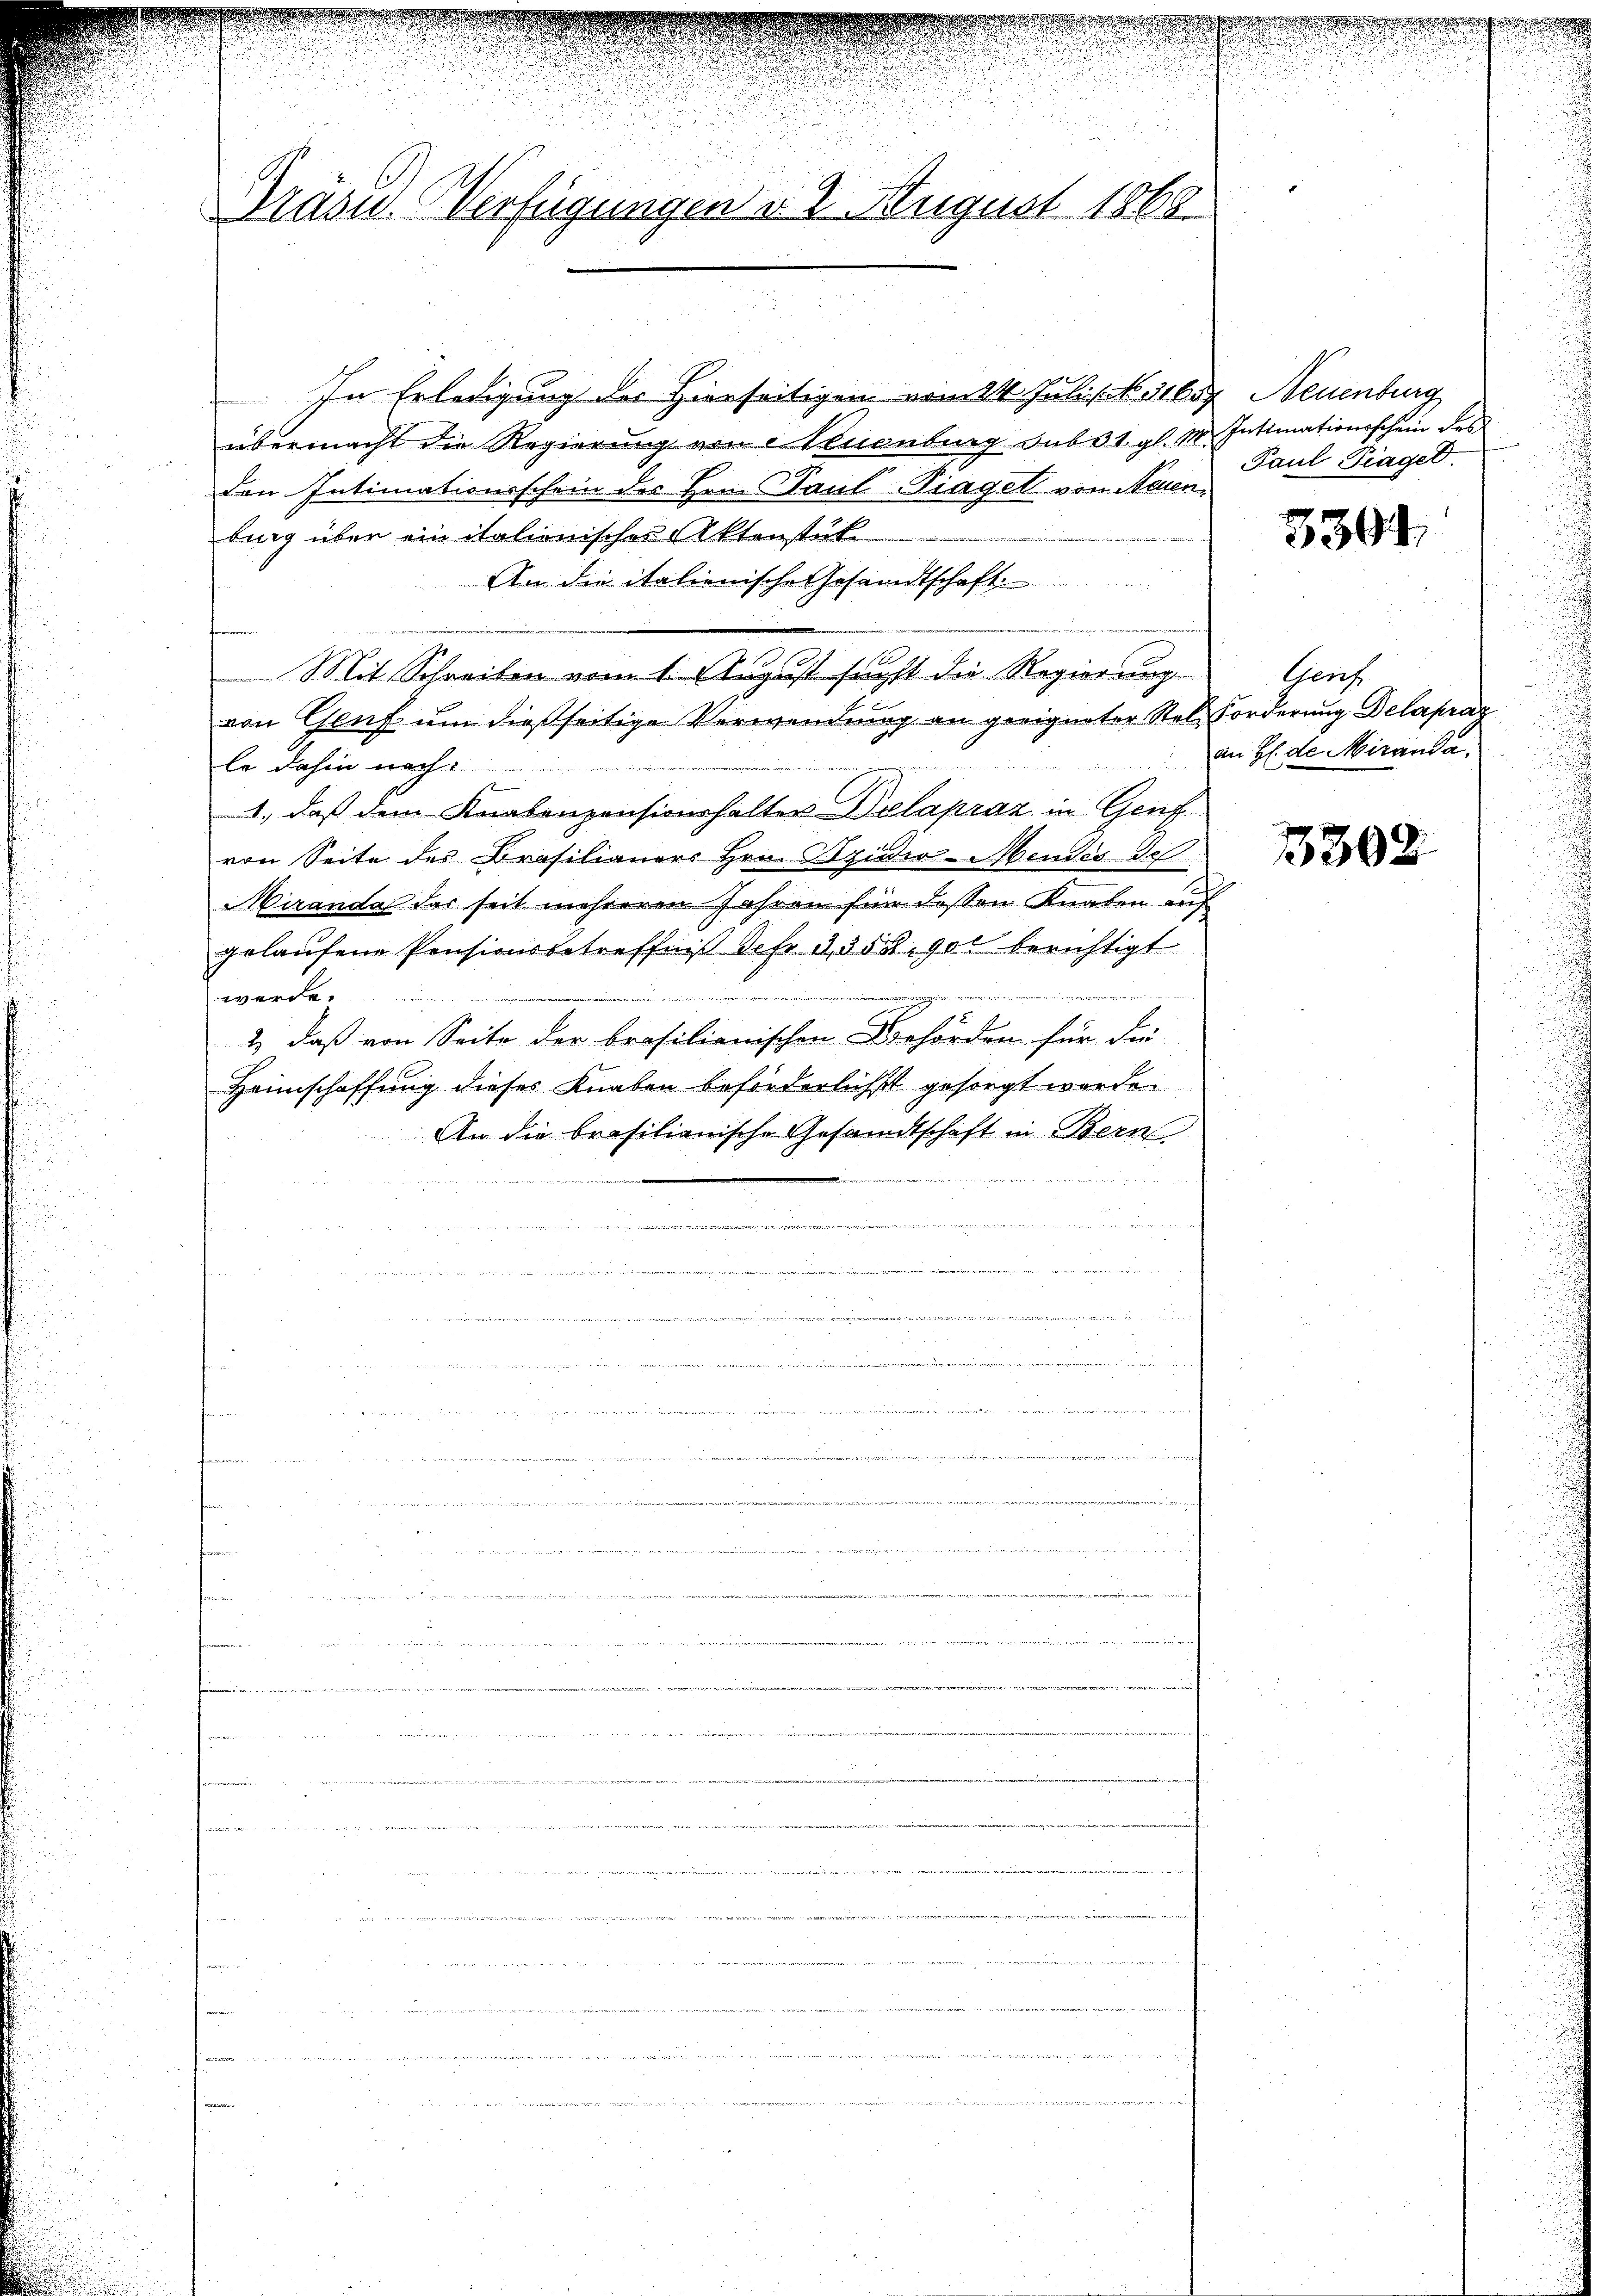
Präsid. Verfügungen d. 2. August 1868

In Erledigung des Hierseitigen vom 21. Juli . . 31657 Neuenburg
übermacht die Regierung von Neuenburg sub 31. gl. M. Instinationsschein der
den Intimationsschein des Hrn. Paul Piagel von Neuen,
bung über ein italienisches Aktenstük
An die italienische Gesandtschaft
Mit Schreiben vom 1. August sucht die Regierung
von Genf um dießseitige Verwendung an geeigneter Stelle dahin nach
1., daß dem Knabenpensionshalter Dilapraz in Genf
von Seite des Brasilianers Hrn. Bruder-Mendes de
Miranda des seit mehreren Jahren für deßen Knaben auf
gelaufene Pensionsbetreffniß der 3,358. 900 berichtigt
17
werden
2) daß von Seite der brasilienischen Behörden für die
Heimschaffung dieses Knaben beförderlichst gesorgt werde.
An die brasilienische Gesandtschaft in Bern
n
n
n die
rain, die

 ehe den f 0 x

Paul Fragen.

3304

Gert
Forderung Delapraz
an H. de Miranda.

1302